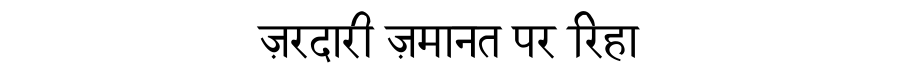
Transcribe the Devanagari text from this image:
ज़रदारी ज़मानत पर रिहा